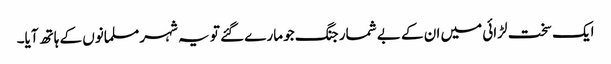
ایک سخت لڑائی میں ان کے بے شمار جنگ جو مارے گئے تو یہ شہر مسلمانوں کے ہاتھ آیا۔